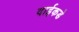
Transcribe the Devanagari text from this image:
दाईकडे